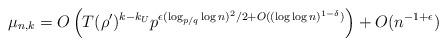
LaTeX: \begin{align*}\mu_{n,k} = O\left( T(\rho')^{k-k_U} p^{ \epsilon (\log_{p/q} \log n)^2/2 + O((\log\log n)^{1-\delta}) } \right) + O(n^{-1+\epsilon}) \end{align*}